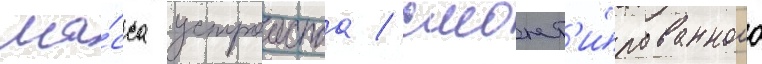
Ма́сса устроиства / смонт'и́рованного